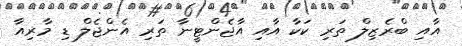
އާއި ބްރެޒިލް ތަރި ކަކާ އާއި އާޖެންޓީނާ ތަރި އެންޖެލް ޑި މާރިއާ